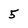
Character: 5